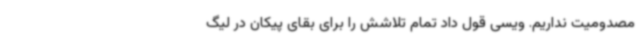
مصدومیت نداریم. ویسی قول داد تمام تلاشش را برای بقای پیکان در لیگ